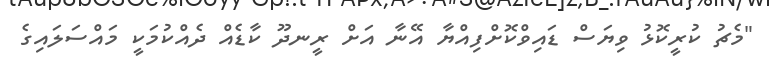
"މެޗު ކުރީކޮޅު ވިޔަސް ޑައިވްކޮށްފިއްޔާ އޭނާ އަށް ރީނދޫ ކާޑެއް ދެއްކުމަކީ މައްސަލައިގެ